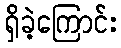
ရှိခဲ့ကြောင်း